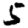
Digit: 5